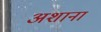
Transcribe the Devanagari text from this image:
अशाना